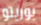
بوريتو